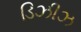
ડિઝીઝ